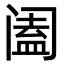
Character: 阖